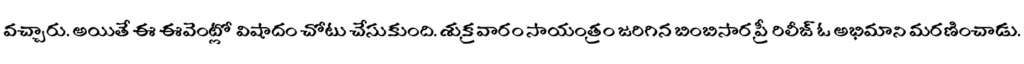
వచ్చారు. అయితే ఈ ఈవెంట్లో విషాదం చోటు చేసుకుంది. శుక్రవారం సాయంత్రం జరిగిన బింబిసార ప్రీ రిలీజ్ ఓ అభిమాని మరణించాడు.